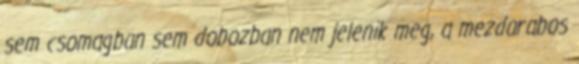
sem csomagban sem dobozban nem jelenik meg, a mezdarabos